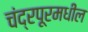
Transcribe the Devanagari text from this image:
चंद्रपूरमधील